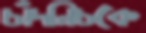
চাঁদনিচকে